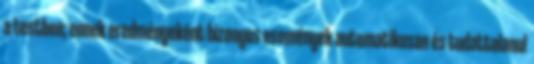
a testben; ennek eredményeként bizonyos események automatikusan és tudattalanul